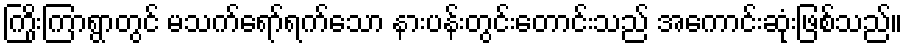
ကြိုးကြာရွာတွင် မသက်ရော်ရက်သော နားပန်းတွင်းတောင်းသည် အကောင်းဆုံးဖြစ်သည်။